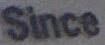
Since